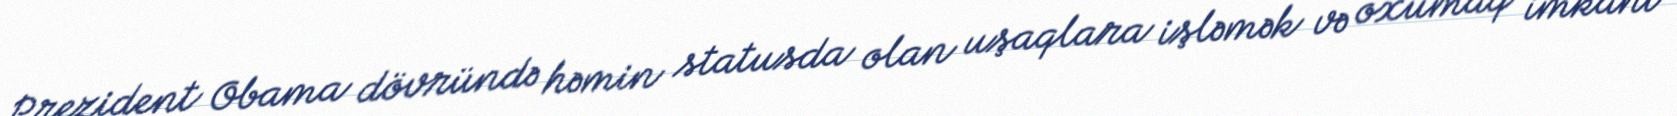
Prezident Obama dövründə həmin statusda olan uşaqlara işləmək və oxumaq imkanı